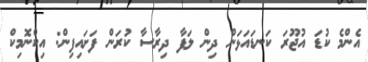
އެންމެ ކުޑަ އުޖޫރަ ކަނޑައަޅަން ދިން ލަފާ ދިރާސާ ކުރަން ފަށައިފިން: އިކްނޮމިކް